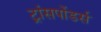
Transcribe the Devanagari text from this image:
ट्रांसपोंडर्स